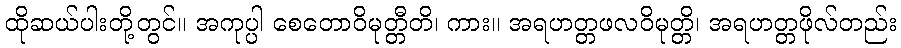
ထိုဆယ်ပါးတို့တွင်။ အကုပ္ပါ စေတောဝိမုတ္တီတိ၊ ကား။ အရဟတ္တဖလဝိမုတ္တိ၊ အရဟတ္တဖိုလ်တည်း